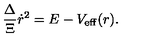
\frac { \Delta } { \Xi } \dot { r } ^ { 2 } = E - V _ { \mathrm { e f f } } ( r ) .